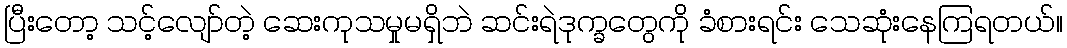
ပြီးတော့ သင့်လျော်တဲ့ ဆေးကုသမှုမရှိဘဲ ဆင်းရဲဒုက္ခတွေကို ခံစားရင်း သေဆုံးနေကြရတယ်။